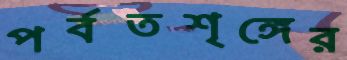
পর্বতশৃঙ্গের